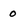
Character: 0